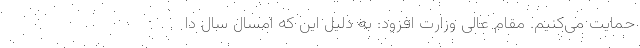
حمایت می‌کنیم. مقام عالی وزارت افزود: به دلیل این که امسال سال دا